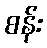
စန်း